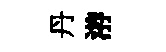
丹㳺